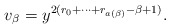
\begin{align*}v_\beta = y^{2(r_0+\cdots + r_{a(\beta)}-\beta+1)}.\end{align*}